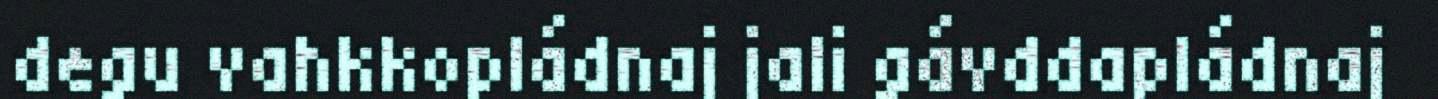
degu vahkkopládnaj jali gávddapládnaj